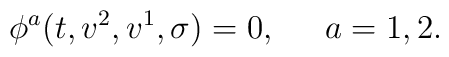
\phi ^a(t,v^2,v^1,\sigma )=0,\ \;\;\;\;a=1,2.